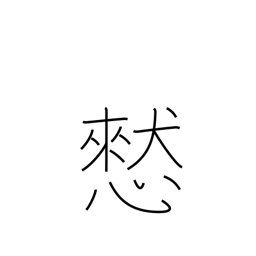
Meaning: thoughtlessly